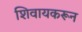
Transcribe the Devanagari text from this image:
शिवायकरून